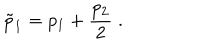
LaTeX: \tilde { p } _ { 1 } = p _ { 1 } + \frac { p _ { 2 } } { 2 } \; .